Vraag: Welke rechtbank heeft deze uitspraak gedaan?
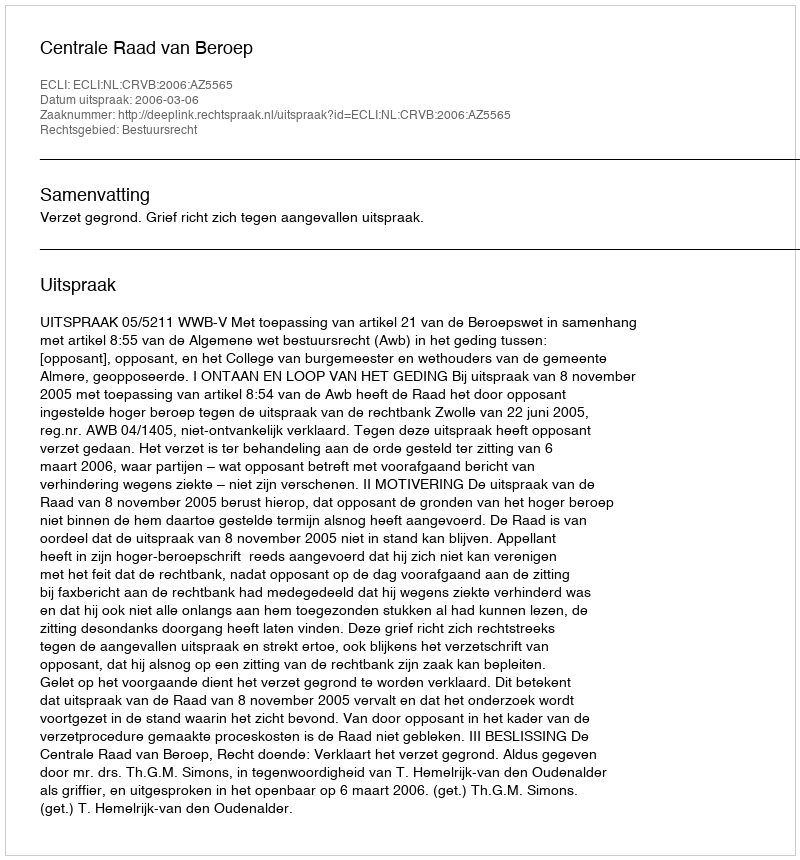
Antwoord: Centrale Raad van Beroep